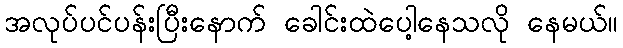
အလုပ်ပင်ပန်းပြီးနောက် ခေါင်းထဲပေါ့နေသလို နေမယ်။